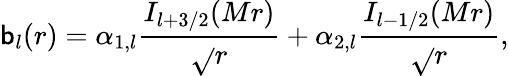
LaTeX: \mathsf{b}_{l}(r)=\alpha_{1,l}{\frac{{I_{l+3/2}(Mr)}}{{\sqrt{}{{r}}}}}+\alpha_{2,l}{\frac{{I_{l-1/2}(Mr)}}{{\sqrt{}{{r}}}}},